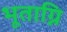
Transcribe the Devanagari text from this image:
भूताग्नि